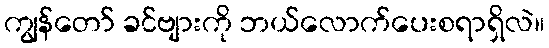
ကျွန်တော် ခင်ဗျားကို ဘယ်လောက်ပေးစရာရှိလဲ။